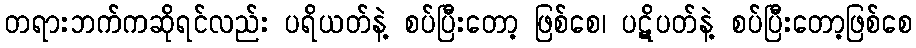
တရားဘက်ကဆိုရင်လည်း ပရိယတ်နဲ့ စပ်ပြီးတော့ ဖြစ်စေ၊ ပဋိပတ်နဲ့ စပ်ပြီးတော့ဖြစ်စေ